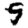
Digit: 9